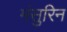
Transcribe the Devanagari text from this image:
मंसुरिन